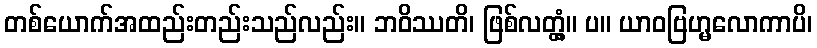
တစ်ယောက်အထည်းတည်းသည်လည်း။ ဘဝိဿတိ၊ ဖြစ်လတ္တံ့။ ပ။ ယာဝဗြဟ္မလောကာပိ၊